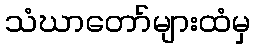
သံဃာတော်များထံမှ